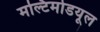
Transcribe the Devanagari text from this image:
मल्टिमोडयूल